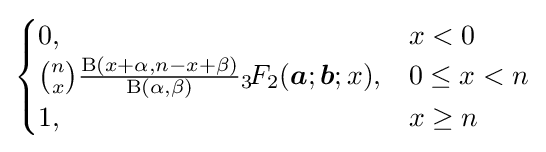
{\begin{cases}0,&x<0\\{\binom {n}{x}}{\tfrac {\mathrm {B} (x+\alpha ,n-x+\beta )}{\mathrm {B} (\alpha ,\beta )}}{}_{3}\!F_{2}({\boldsymbol {a}};{\boldsymbol {b}};x),&0\leq x<n\\1,&x\geq n\end{cases}}